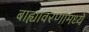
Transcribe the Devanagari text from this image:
बाह्यावरणामध्ये